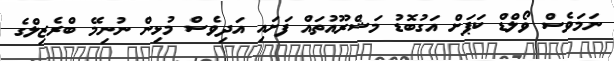
ނަމަވެސް ވޯލްޑް ކަޕަށް އަގުބޮޑު މަޝްރޫއުތައް ފަށައި އަދިވެސް މުޅިން ނުނިމޭ ބްރެޒިލްގެ